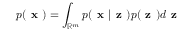
p ( \textbf { x } ) = \int _ { \mathbb { R } ^ { m } } p ( \textbf { x } | \textbf { z } ) p ( \textbf { z } ) d \textbf { z }